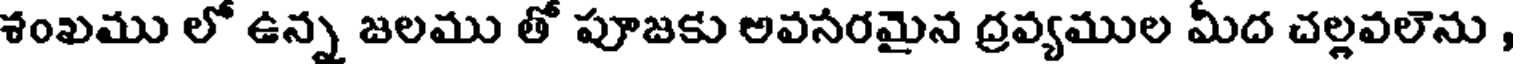
శంఖము లో ఉన్న జలము తో పూజకు అవసరమైన ద్రవ్యముల మీద చల్లవలెను ,